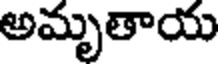
అమృతాయ